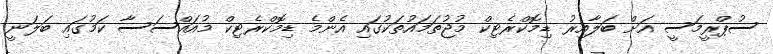
ސުޕްރީމަސީ އަށް ބަލާއިރު ޑިމޮކްރެޓިކް މުޖުތަމައުތަކުގައި އެންމެ ޑިމޮކްރެޓިކް މުއައްސަސާ ކަމުގައި ބަލަނީ